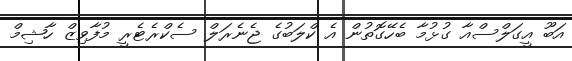
އަބޫ އީގަލްސްއާ ގުޅުމާ ބެހޭގޮތުން އެ ކްލަބުގެ ޖެނެރަލް ސެކްރެޓެރީ މުފާވިޒް ހާޝިމް